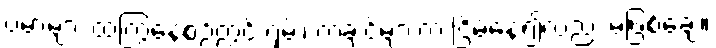
ဗမာများ ထကြွနေစဉ်တွင် ရှမ်း၊ ကချင်များက ငြိမ်နေ၍လည်း မဖြစ်ချေ။